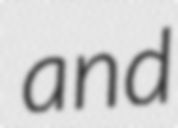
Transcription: and